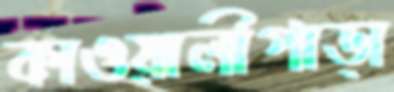
কাওয়ালীপাড়া